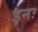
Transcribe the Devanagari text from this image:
इनः